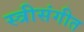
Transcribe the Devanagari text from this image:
स्त्रीसंगीत